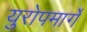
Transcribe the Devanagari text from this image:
युरोपमार्गे